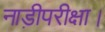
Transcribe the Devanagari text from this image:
नाड़ीपरीक्षा।